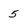
Character: 5